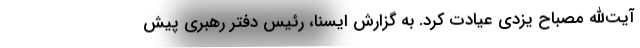
آیت‌الله مصباح یزدی عیادت کرد. به گزارش ایسنا، رئیس دفتر رهبری پیش